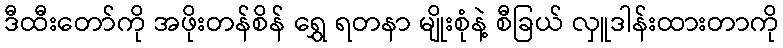
ဒီထီးတော်ကို အဖိုးတန်စိန် ရွှေ ရတနာ မျိုးစုံနဲ့ စီခြယ် လှူဒါန်းထားတာကို